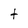
Character: t